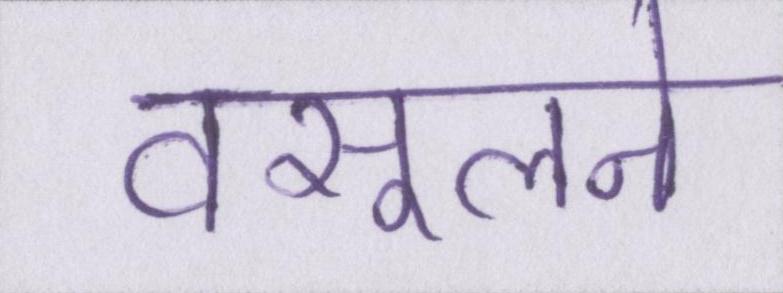
वसूलने